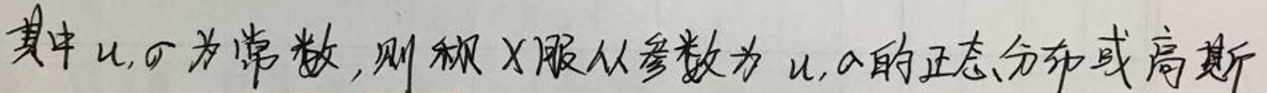
其中$\mu,\sigma$为常数, 则称$X$服从参数为$\mu,\sigma$的正态分布或高斯